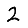
Digit: 2